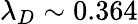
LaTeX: \lambda_{D}\sim 0.364